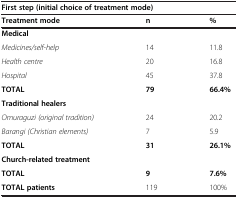
<table><thead><tr><td colspan="3"><b>First step (initial choice of treatment mode)</b></td></tr></thead><tbody><tr><td><b>Treatment mode</b></td><td><b>n</b></td><td><b>%</b></td></tr><tr><td><b>Medical</b></td><td> </td><td> </td></tr><tr><td><i>Medicines/self-help</i></td><td>14</td><td>11.8</td></tr><tr><td><i>Health centre</i></td><td>20</td><td>16.8</td></tr><tr><td><i>Hospital</i></td><td>45</td><td>37.8</td></tr><tr><td><b>TOTAL</b></td><td><b>79</b></td><td><b>66.4%</b></td></tr><tr><td><b>Traditional healers</b></td><td> </td><td> </td></tr><tr><td><i>Omuraguzi (original tradition)</i></td><td>24</td><td>20.2</td></tr><tr><td><i>Barangi (Christian elements)</i></td><td>7</td><td>5.9</td></tr><tr><td><b>TOTAL</b></td><td><b>31</b></td><td><b>26.1%</b></td></tr><tr><td><b>Church-related treatment</b></td><td> </td><td> </td></tr><tr><td><b>TOTAL</b></td><td><b>9</b></td><td><b>7.6%</b></td></tr><tr><td><b>TOTAL patients</b></td><td>119</td><td>100%</td></tr></tbody></table>